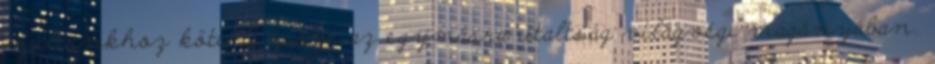
múltunkhoz köti. A össze az egymásra utaltság világvégi magányában.